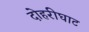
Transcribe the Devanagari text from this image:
दोहरीघाट